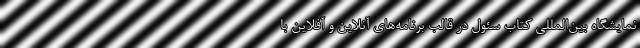
نمایشگاه بین‌المللی کتاب سئول در قالب برنامه‌های آنلاین و آفلاین با